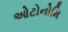
ઓટોનોમિ